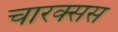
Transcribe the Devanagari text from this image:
चारक्सस